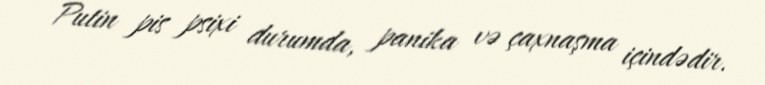
Putin pis psixi durumda, panika və çaxnaşma içindədir.